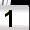
Digit: 1